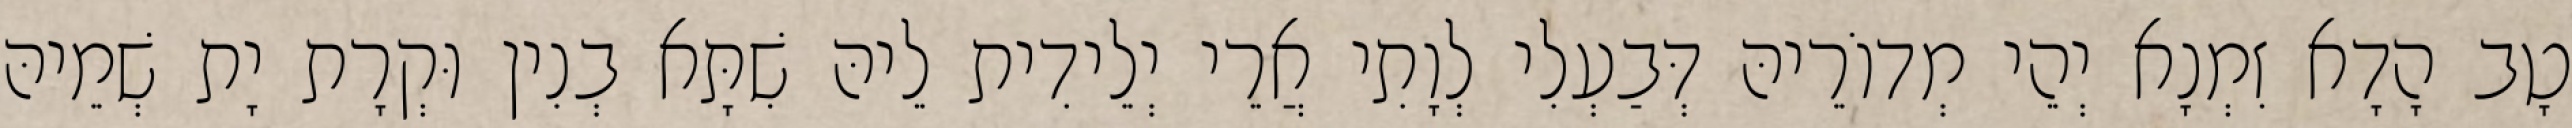
טָב הָדָא זִמְנָא יְהֵי מְדוֹרֵיהּ דְּבַעְלִי לְוָתִי אֲרֵי יְלֵידִית לֵיהּ שִׁתָּא בְנִין וּקְרָת יָת שְׁמֵיהּ